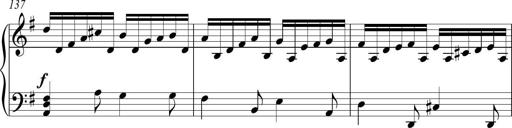
Title: Piano Sonatina in A major
Composer: Z Q Sysmoebius
Key: A major